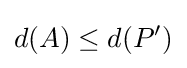
d(A)\leq d(P')